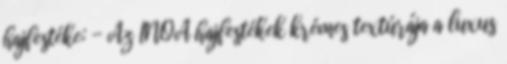
hajfestéke: - Az INOA hajfestékek krémes textúrája a luxus